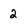
Character: 2